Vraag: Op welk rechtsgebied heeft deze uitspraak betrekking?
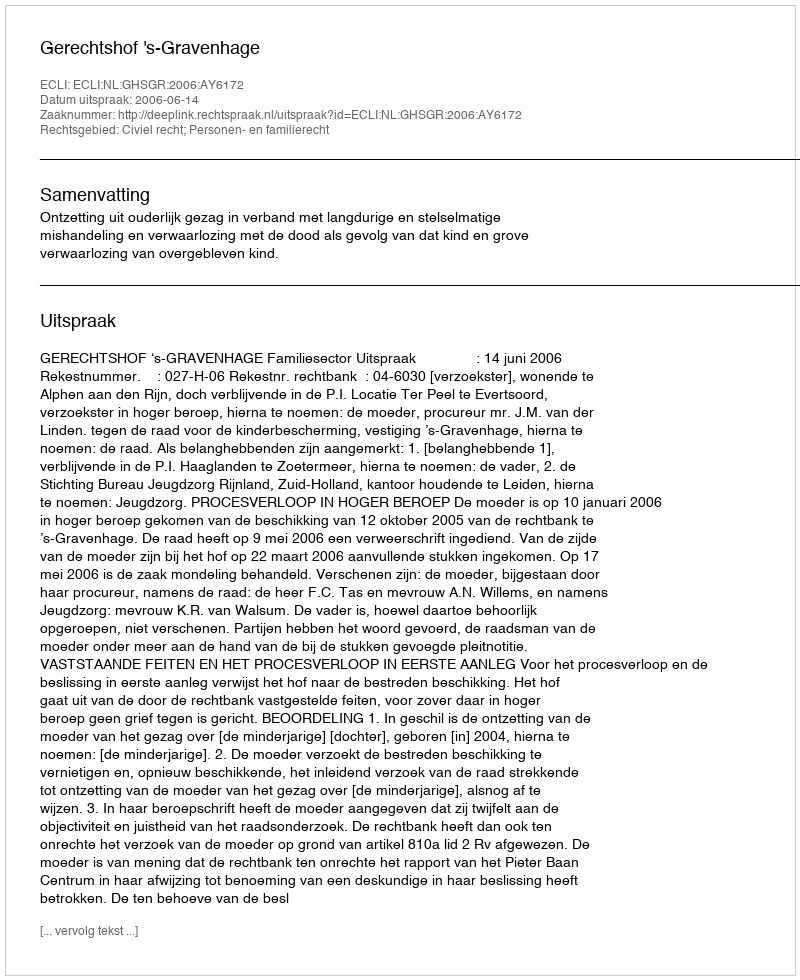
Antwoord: Civiel recht; Personen- en familierecht